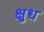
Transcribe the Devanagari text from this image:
क्षुध